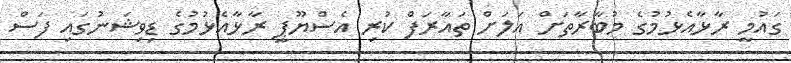
ގައުމީ ރާޅާއެޅުމުގެ މުބާރާތަށް އަލަށް ތައާރަފް ކުރި އެސްޔޫޕީ ރާޅާއެޅުމުގެ ޑިވިޝަނުގައި ފަސް